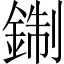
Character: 𨨪